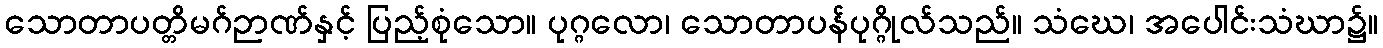
သောတာပတ္တိမဂ်ဉာဏ်နှင့် ပြည့်စုံသော။ ပုဂ္ဂလော၊ သောတာပန်ပုဂ္ဂိုလ်သည်။ သံဃေ၊ အပေါင်းသံဃာ၌။